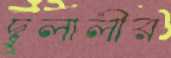
দুলালীর